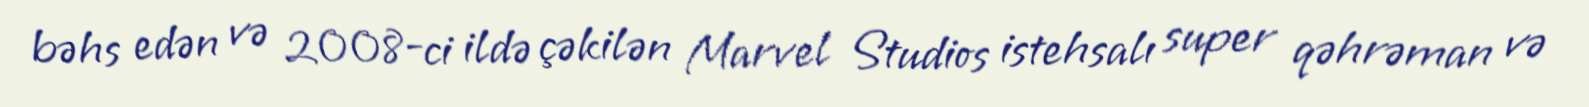
bəhs edən və 2008-ci ildə çəkilən Marvel Studios istehsalı super qəhrəman və